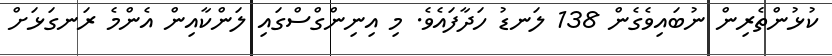
ކުޅުންތެރިން ނުބައިވެގެން 138 ލަނޑު ހަދާފައެވެ. މި އިނިންގްސްގައި ލަންކާއިން އެންމެ ރަނގަޅަށް